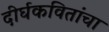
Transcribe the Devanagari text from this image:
दीर्घकवितांचा